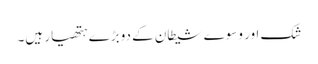
شک اور وسوے شیطان کے دوبڑے ہتھیار ہیں۔